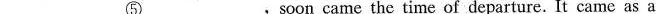
\underline{⑤},soon came the time of departure. It came as a